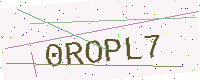
Text: 0ROPL7